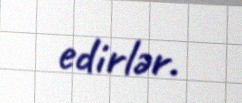
edirlər.